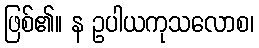
ဖြစ်၏။ န ဥပါယကုသလောစ၊